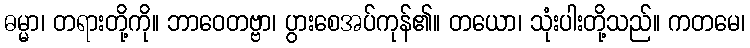
ဓမ္မာ၊ တရားတို့ကို။ ဘာဝေတဗ္ဗာ၊ ပွားစေအပ်ကုန်၏။ တယော၊ သုံးပါးတို့သည်။ ကတမေ၊